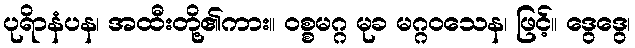
ပုရိာနံပန၊ အထီးတို့၏ကား။ ဝစ္စမဂ္ဂ မုခ မဂ္ဂဝသေန၊ ဖြင့်။ ဒွေဒွေ၊